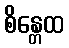
စိန္တေထ